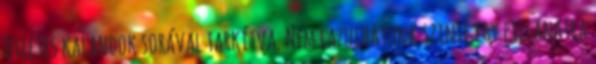
ötletes kalandok sorával tarkítva. Nem lazulhatunk szinte egy pillanatra